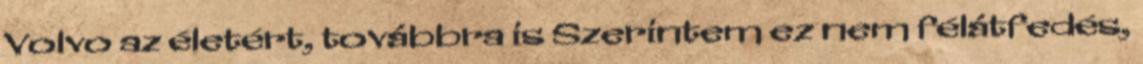
Volvo az életért, továbbra is Szerintem ez nem félátfedés,